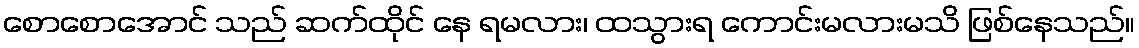
စောစောအောင် သည် ဆက်ထိုင် နေ ရမလား၊ ထသွားရ ကောင်းမလားမသိ ဖြစ်နေသည်။